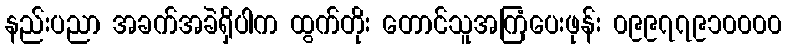
နည်းပညာ အခက်အခဲရှိပါက ထွက်တိုး တောင်သူအကြံပေးဖုန်း ၀၉၉၇၇၉၁၀၀၀၀